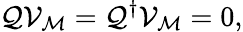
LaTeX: \mathcal{Q}{\mathcal{V}}_{\mathcal{M}}=\mathcal{Q}^{\dagger}{\mathcal{V}}_{\mathcal{M}}=0,